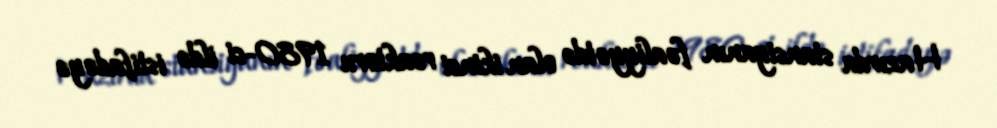
Hazırda stansiyanın fəaliyyətdə olan ikinci reaktoru 1980-ci ildə istifadəyə